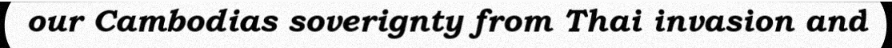
our Cambodias soverignty from Thai invasion and